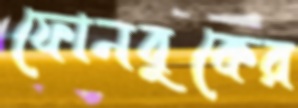
ফোনবুকের